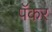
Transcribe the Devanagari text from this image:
पॅकर